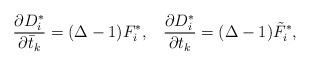
\begin{align*}\frac{\partial D^{*}_{i}}{\partial \bar{t}_{k}}=(\Delta-1)F^{*}_{i},\;\;\;\frac{\partial D_{i}^{*}}{\partial t_{k}}=(\Delta-1)\tilde{F}^{*}_{i},\end{align*}